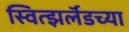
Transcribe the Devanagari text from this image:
स्वित्झर्लॅडच्या